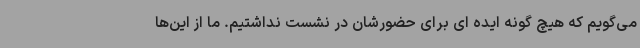
می‌گویم که هیچ گونه ایده ای برای حضورشان در نشست نداشتیم. ما از این‌ها